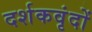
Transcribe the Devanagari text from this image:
दर्शकवृंदों